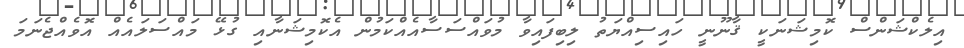
އިލެކްޝަންސް ކޮމިޝަނަކީ ޤާނޫނީ ހައިސިއްޔަތު ލިބިފައިވާ މުވައްސަސާއެއްކަމުން އެކޮމިޝަނާއި ގުޅޭ މައްސަލައެއް އޮވެއްޖެނަމަ